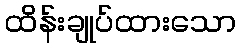
ထိန်းချုပ်ထားသော